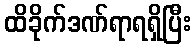
ထိခိုက်ဒဏ်ရာရရှိပြီး